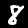
Label: 8